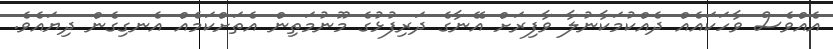
އެއްވެސް ވާހަކައެއް ދެއްކުމަކާނުލާ ވާފިރަށް އޭނާގެ ދަރިފުޅުގެ މޫނުމަތިން އެތަށްކަމެއް އެނގިގެން ދިޔައެވެ.